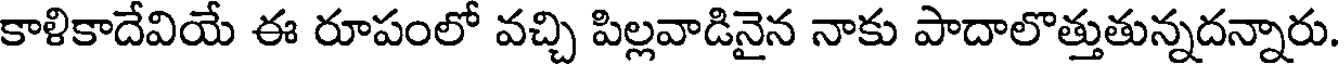
కాళికాదేవియే ఈ రూపంలో వచ్చి పిల్లవాడినైన నాకు పాదాలొత్తుతున్నదన్నారు